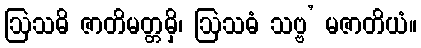
ဩသဓိ ဇာတိမတ္တမှိ၊ ဩသဓံ သဗ္ဗ’ မဇာတိယံ။